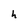
Character: h